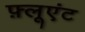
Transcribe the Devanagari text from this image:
फ़्लूएंट